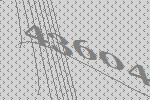
43604